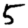
Digit: 5